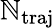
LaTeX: \mathbb{N}_{\mathrm{{traj}}}